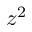
z ^ { 2 }